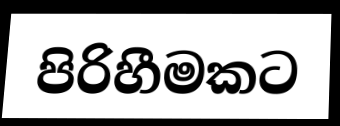
පිරිහීමකට